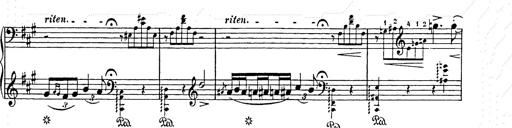
Title: Berceuse
Composer: Lucien Wurmser
Key: A major